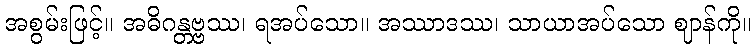
အစွမ်းဖြင့်။ အဓိဂန္တဗ္ဗဿ၊ ရအပ်သော။ အဿာဒဿ၊ သာယာအပ်သော ဈာန်ကို။